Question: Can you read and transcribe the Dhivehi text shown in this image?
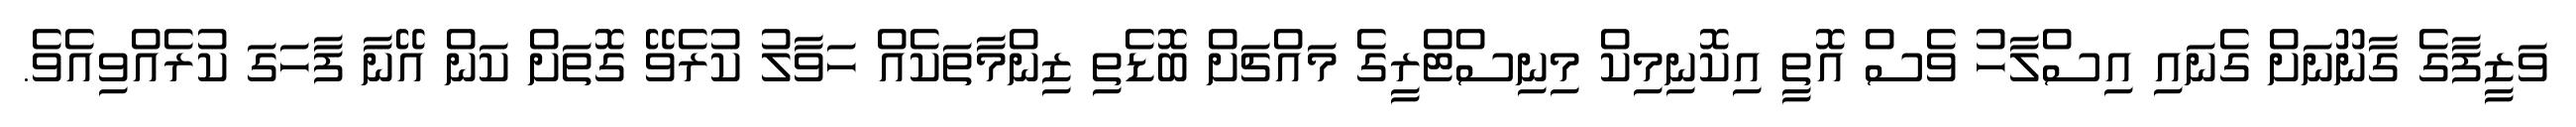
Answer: ވަޒީފާގެ ގާނޫނަށް ގެނައި އިސްލާހު ވެސް އޮތީ އިކޮނިމިކް މިނިސްޓްރީގެ މައްޗަށް ބޮޑެތި ޒިންމާތަކެއް ހަވާލު ކުރެވޭ ގޮތަށް ކަން އޭނާ ފާހަގަ ކުރެއްވިއެވެ.